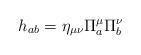
LaTeX: \begin{align*}h_{ab}=\eta_{\mu\nu}\Pi^{\mu}_a\Pi^{\nu}_b\end{align*}